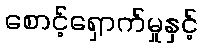
စောင့်ရှောက်မှုနှင့်